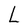
Character: L